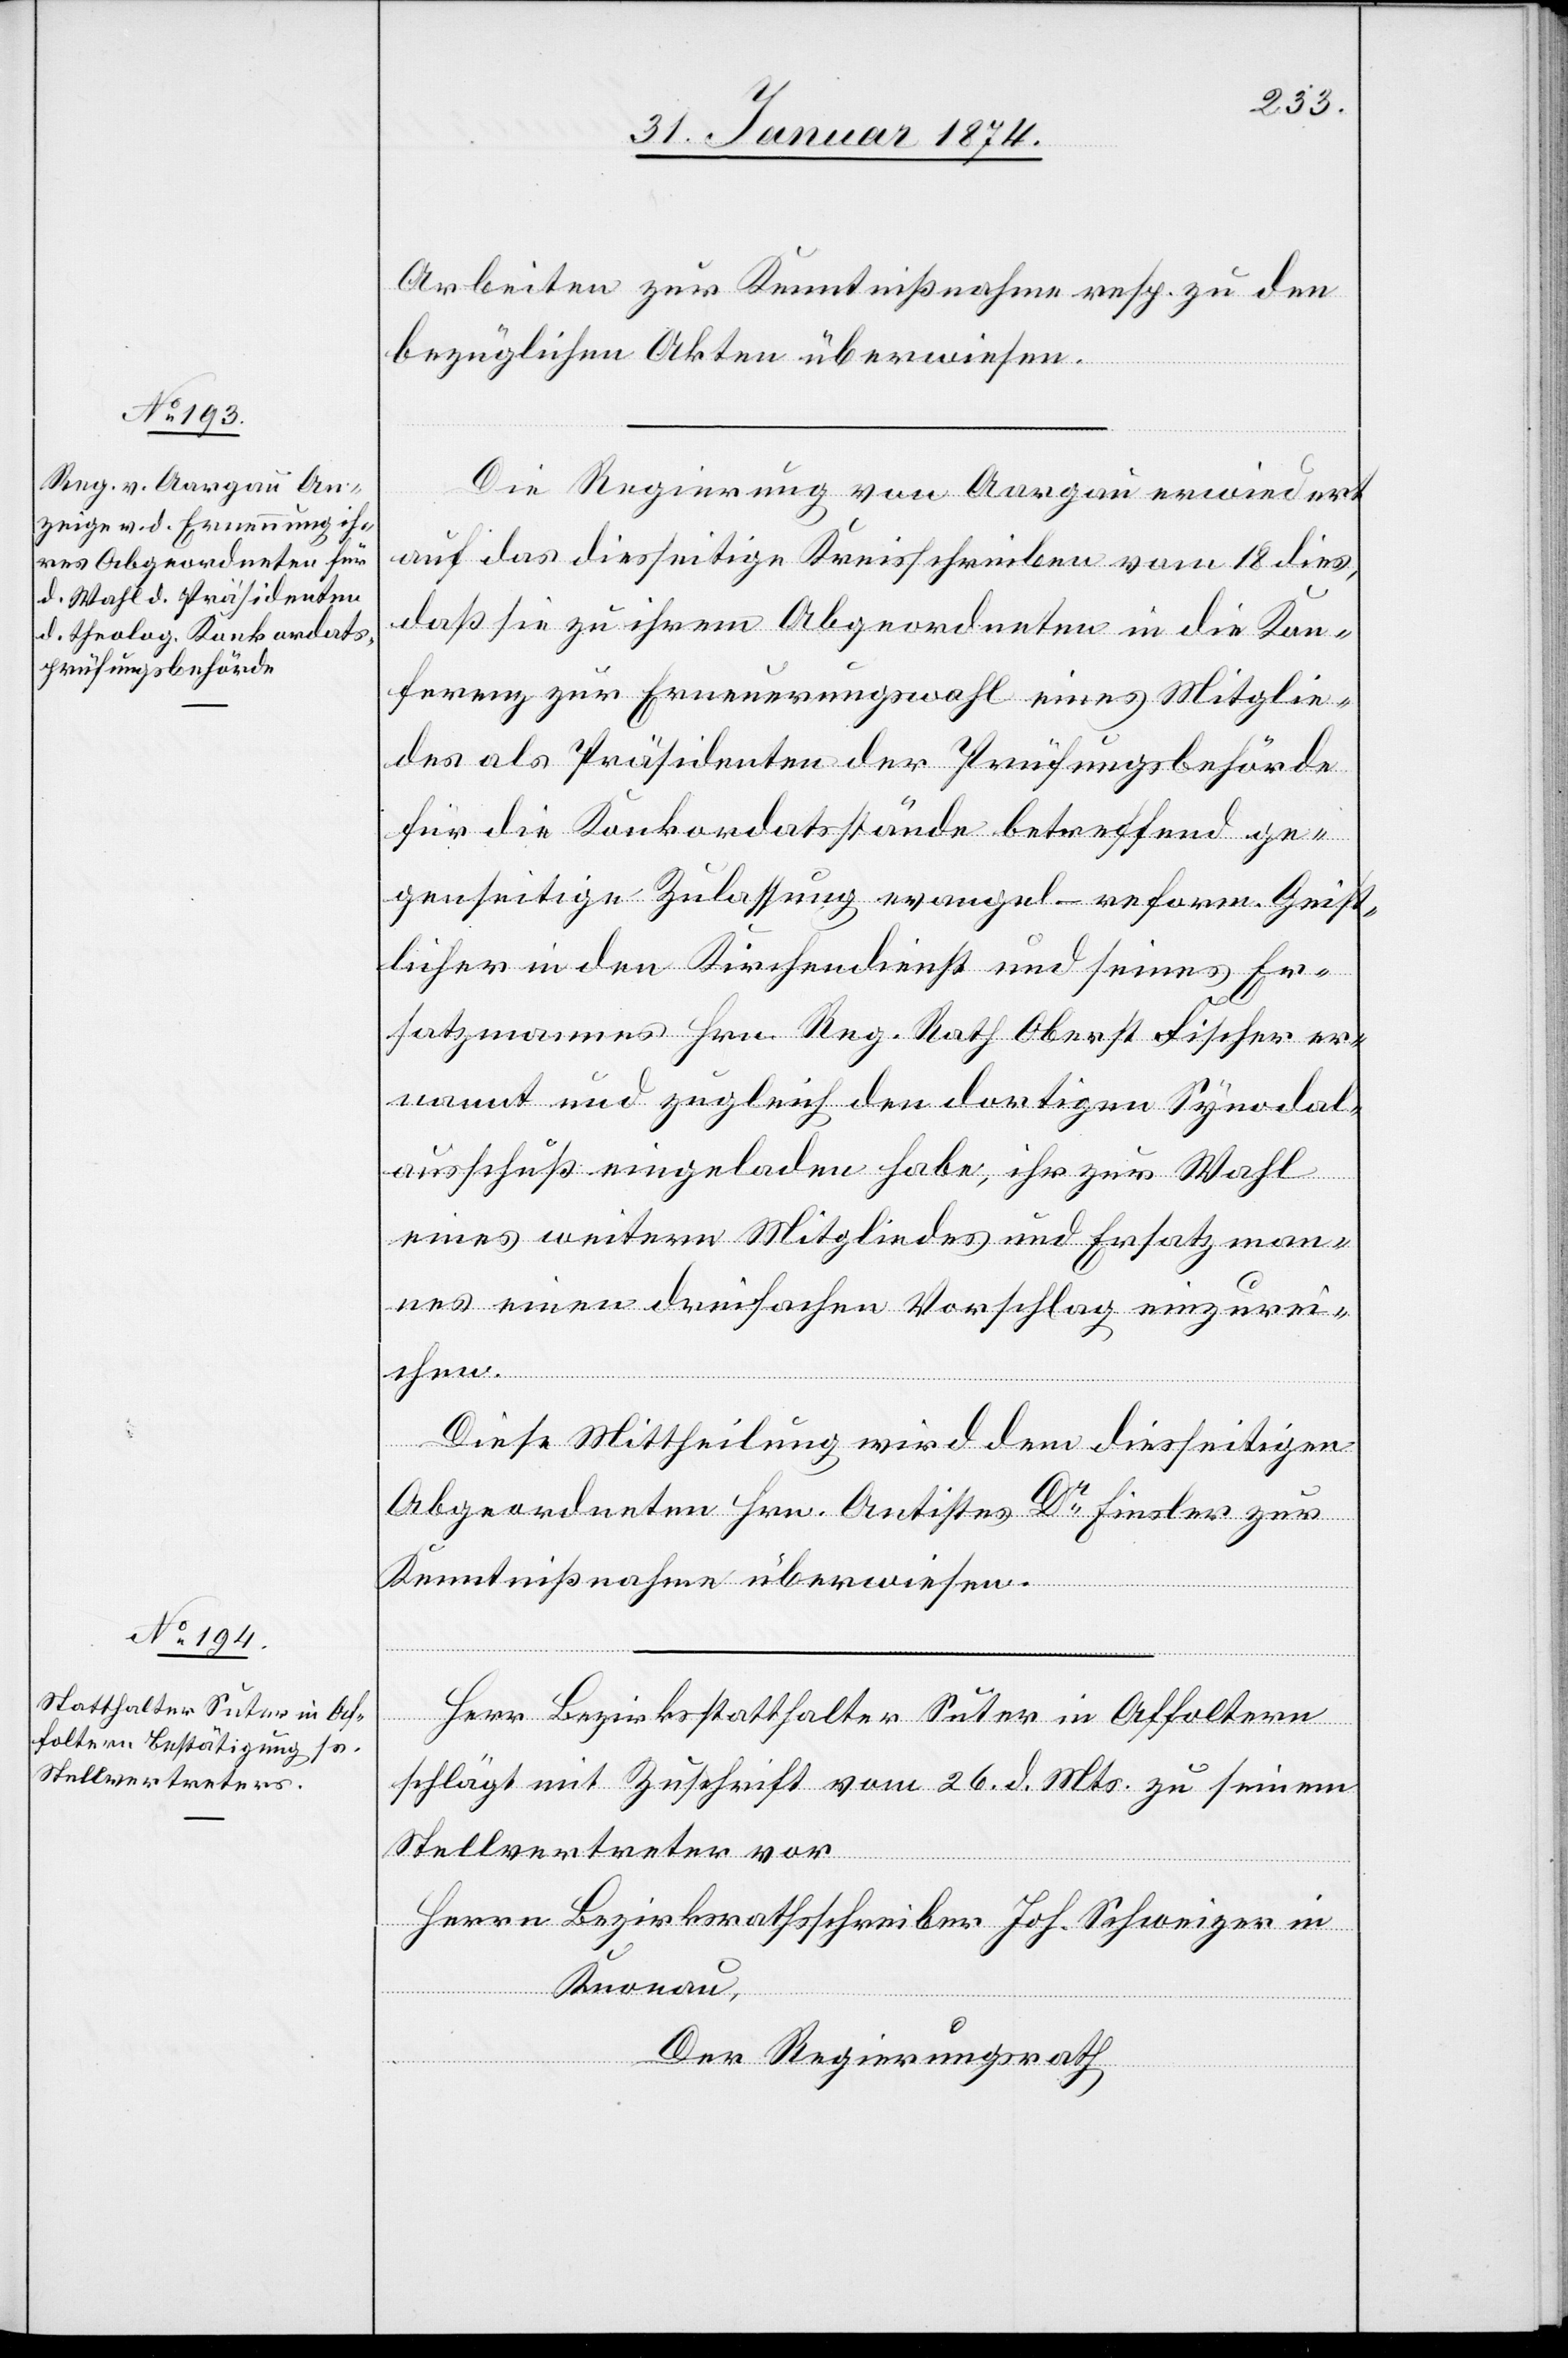
Arbeiten zur Kenntnißnahme resp. zu den
bezüglichen Akten überwiesen.
Die Regierung von Aargau erwiedert
auf das diesseitige Kreisschreiben vom 18. dies,
daß sie zu ihrem Abgeordneten in die Kon¬
ferenz zur Erneuerungswahl eines Mitglie¬
des als Präsidenten der Prüfungsbehörde
für die Konkordatsstände betreffend ge¬
genseitige Zulassung evangel[.]-reform. Geist¬
licher in den Kirchendienst und seines Er¬
satzmannes Hrn. Reg. Rath Oberst Fischer er¬
nannt und zugleich den dortigen Synodal¬
ausschuß eingeladen habe, ihr zur Wahl
eines weitern Mitgliedes und Ersatzman¬
nes einen dreifachen Vorschlag einzurei¬
chen.
Diese Mittheilung wird dem diesseitigen
Abgeordneten Hrn. Antistes Dr Finsler zur
Kenntnißnahme überwiesen.
Herr Bezirksstatthalter Suter in Affoltern
schlägt mit Zuschrift vom 26. d. Mts. zu seinem
Stellvertreter vor
Herrn Bezirksrathsschreiber Joh. Schweizer in
Knonau,
Der Regierungsrath